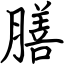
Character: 膳